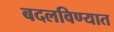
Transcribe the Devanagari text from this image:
बदलविण्यात